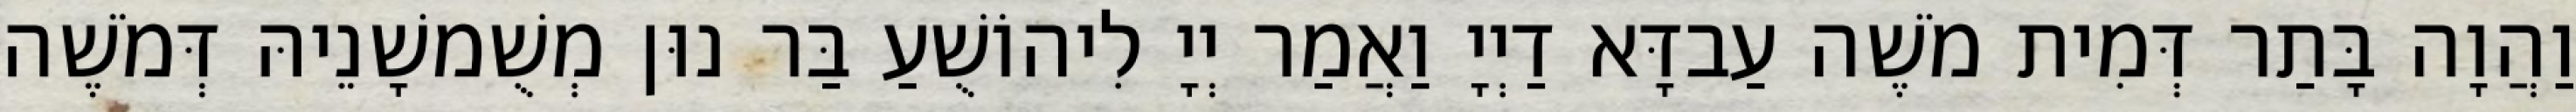
וַהֲוָה בָּתַר דְּמִית מֹשֶׁה עַבדָּא דַיְיָ וַאֲמַר יְיָ לִיהוֹשֻׁעַ בַּר נוּן מְשֻׁמשָׁנֵיהּ דְּמֹשֶׁה